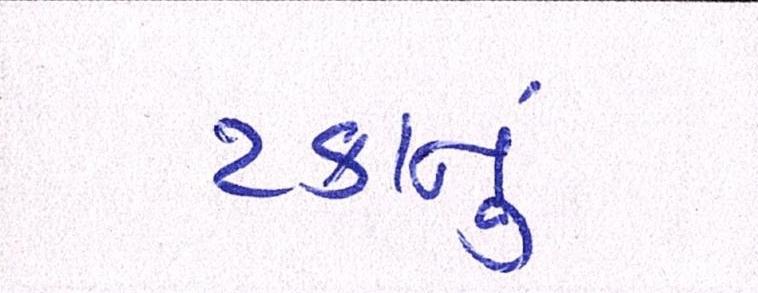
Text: ટકાનું